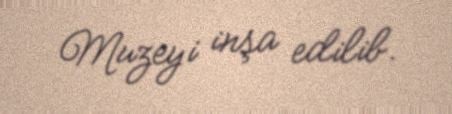
Muzeyi inşa edilib.